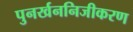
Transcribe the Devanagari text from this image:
पुनर्खननिजीकरण